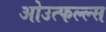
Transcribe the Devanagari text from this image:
ओउत्फल्ल्स